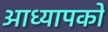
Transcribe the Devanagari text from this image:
आध्यापकों